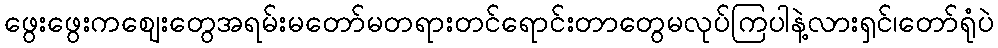
ဖွေးဖွေးကဈေးတွေအရမ်းမတော်မတရားတင်ရောင်းတာတွေမလုပ်ကြပါနဲ့လားရှင်၊တော်ရုံပဲ